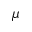
\mu